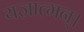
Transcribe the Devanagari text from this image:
यज्ञात्मन्‌।